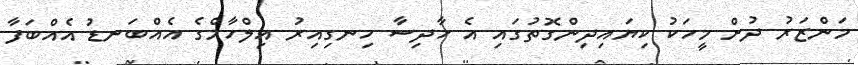
މަންޒަރު ދުށް މީހަކު ކިޔައިދިންގޮތުގައި އެ ހާދިސާ ހިނގިއިރު އިލްހާމްގެ އެއްބަނޑު އެއްބަފާ